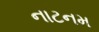
નાટનમ